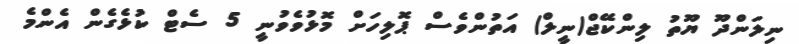
ނިލަންދޫ ޔޫތު ލިންކޭޖް(ނީލް) އަތުންވެސް ޕޮލިހަށް މޮޅުވެވުނީ 5 ސެޓް ކުޅެގެން އެންމެ